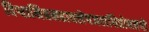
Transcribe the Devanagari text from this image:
विश्वामित्रमहावलेपजलधिप्रोद्यत्तपो